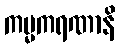
ကမ္မကရဏာနိ